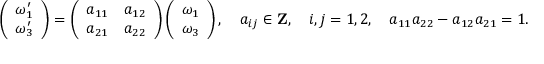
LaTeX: \left( \begin{array} { l } { { \omega _ { 1 } ^ { \prime } } } \\ { { \omega _ { 3 } ^ { \prime } } } \end{array} \right) = \left( \begin{array} { l l } { { a _ { 1 1 } } } & { { a _ { 1 2 } } } \\ { { a _ { 2 1 } } } & { { a _ { 2 2 } } } \end{array} \right) \left( \begin{array} { l } { { \omega _ { 1 } } } \\ { { \omega _ { 3 } } } \end{array} \right) , \quad a _ { i j } \in { \bf Z } , \quad i , j = 1 , 2 , \quad a _ { 1 1 } a _ { 2 2 } - a _ { 1 2 } a _ { 2 1 } = 1 .